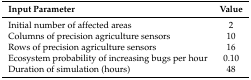
<table><thead><tr><td><b>Input Parameter</b></td><td><b>Value</b></td></tr></thead><tbody><tr><td>Initial number of affected areas</td><td>2</td></tr><tr><td>Columns of precision agriculture sensors</td><td>10</td></tr><tr><td>Rows of precision agriculture sensors</td><td>16</td></tr><tr><td>Ecosystem probability of increasing bugs per hour</td><td>0.10</td></tr><tr><td>Duration of simulation (hours)</td><td>48</td></tr></tbody></table>